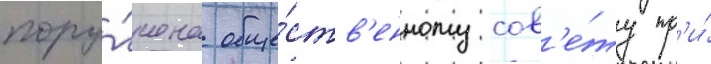
пору́чена обще́ств'енному сов'е́ту пр'и́